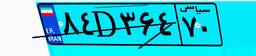
۸۴D۳۶۴۷۰